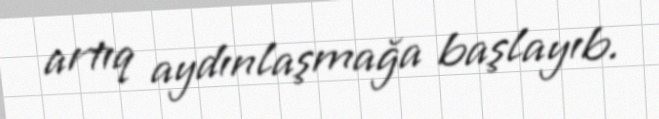
artıq aydınlaşmağa başlayıb.